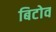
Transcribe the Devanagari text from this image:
बिटोव